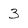
Character: 3